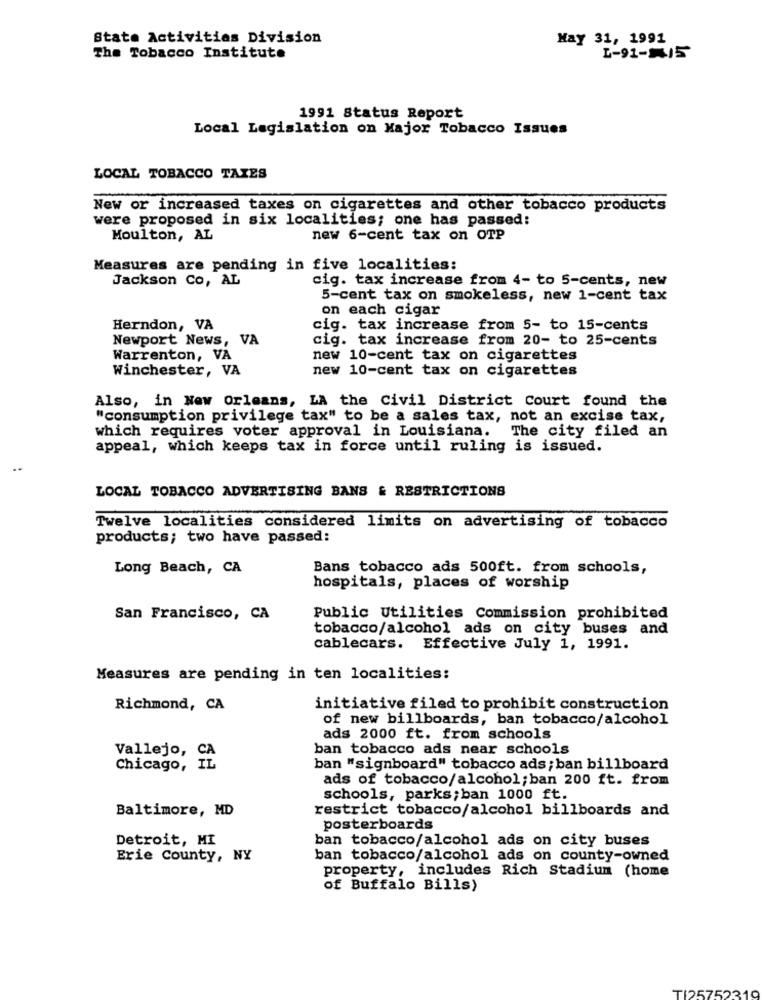
State Activities Division
May 31, 1991
The Tobacco Institute
L-91-115
1991 Status Report
Local Legislation on Major Tobacco Issues
LOCAL TOBACCO TAXES
New or increased taxes on cigarettes and other tobacco products
were proposed in six localities; one has passed!
Moulton, AL
new 6-cent tax on OTP
Measures are pending in five localities:
Jackson Co, AL
cig. tax increase from 4- to 5-cents, new
5-cent tax on smokeless, new 1-cent tax
on each cigar
Herndon, VA
cig. tax increase from 5- to 15-cents
Newport News, VA
cig. tax increase from 20- to 25-cents
Warrenton, VA
new 10-cent tax on cigarettes
Winchester, VA
new 10-cent tax on cigarettes
Also, in New Orleans, LA the Civil District Court found the
"consumption privilege tax" to be a sales tax, not an excise tax,
which requires voter approval in Louisiana.
The city filed an
appeal, which keeps tax in force until ruling is issued.
LOCAL TOBACCO ADVERTISING BANS & RESTRICTIONS
Twelve localities considered limits on advertising of tobacco
products; two have passed:
Long Beach, CA
Bans tobacco ads 500ft. from schools,
hospitals, places of worship
San Francisco, CA
Public Utilities Commission prohibited
tobacco/alcohol ads on city buses and
cablecars.
Effective July 1, 1991.
Measures are pending in ten localities:
Richmond, CA
initiative filed to prohibit construction
of new billboards, ban tobacco/alcohol
ads 2000 ft. from schools
ban tobacco ads near schools
Vallejo, CA
Chicago, IL
ban "signboard" tobacco ads; ban billboard
ads of tobacco/alcohol;ban 200 ft. from
schools, parks; ban 1000 ft.
Baltimore, MD
restrict tobacco/alcohol billboards and
posterboards
Detroit, MI
ban tobacco/alcohol ads on city buses
Erie County, NY
ban tobacco/alcohol ads on county-owned
property, includes Rich Stadium (home
of Buffalo Bills)
TI25752319